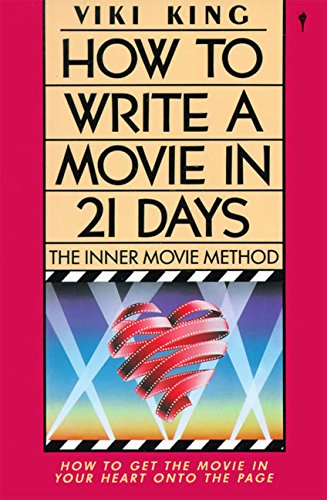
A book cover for How to Write a Movie in 21 Days: The Inner Movie Method; Viki King; Humor & Entertainment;